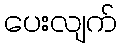
ပေးလျက်